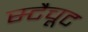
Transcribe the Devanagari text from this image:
स्टैचूट